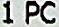
1 PC